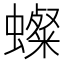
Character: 𧒷